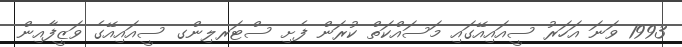
1993 ވަނަ އަހަރު ސީއައިއޭގައި މަސައްކަތް ކުރަން ފެށި ސްޓަރލިންގ ސީއައިއޭގެ ވަޒީފާއިން